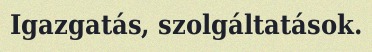
Igazgatás, szolgáltatások.